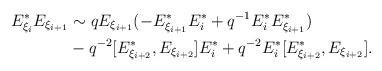
LaTeX: \begin{align*}E_{\xi_{i}}^{*} E_{\xi_{i + 1}}& \sim q E_{\xi_{i + 1}} (- E_{\xi_{i + 1}}^{*} E_{i}^{*} + q^{-1} E_{i}^{*} E_{\xi_{i + 1}}^{*})\\& - q^{-2} [E_{\xi_{i + 2}}^{*}, E_{\xi_{i + 2}}] E_{i}^{*} + q^{-2} E_{i}^{*}[E_{\xi_{i + 2}}^{*}, E_{\xi_{i + 2}}].\end{align*}